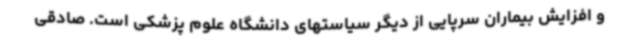
و افزایش بیماران سرپایی از دیگر سیاستهای دانشگاه علوم پزشکی است. صادقی